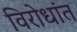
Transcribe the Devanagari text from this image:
विरोधांत